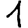
Digit: 1